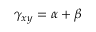
\gamma _ { x y } = \alpha + \beta \,